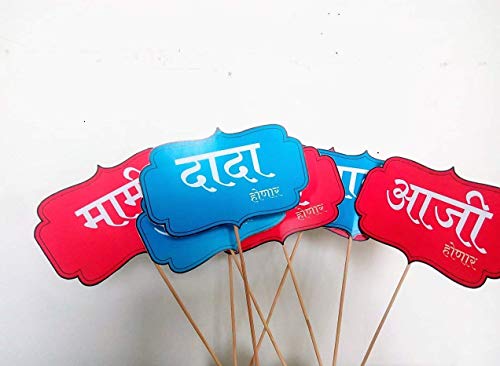
Language: marathi
Transcription: आजी होणार होणार दादा